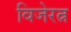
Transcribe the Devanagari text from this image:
विजेरत्न